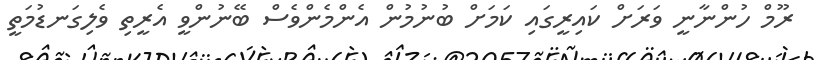
ރޫމް ހުންނާނީ ވަރަށް ކައިރީގައި ކަމަށް ބުނުމުން އެންމެންވެސް ބޭނުންވީ އެރީތި ވެލިގަނޑުމަތީ